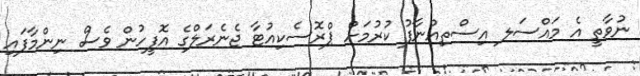
ނުވާތީ އެ މައްސަލ އިސްތިއުނާފު ކުރުމަށް ޕްރޮސެކިއުޓާ ޖެނެރަލްގެ އޮފީހުން ވެސް ނިންމާފައި